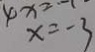
x = - 3